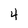
Character: 4